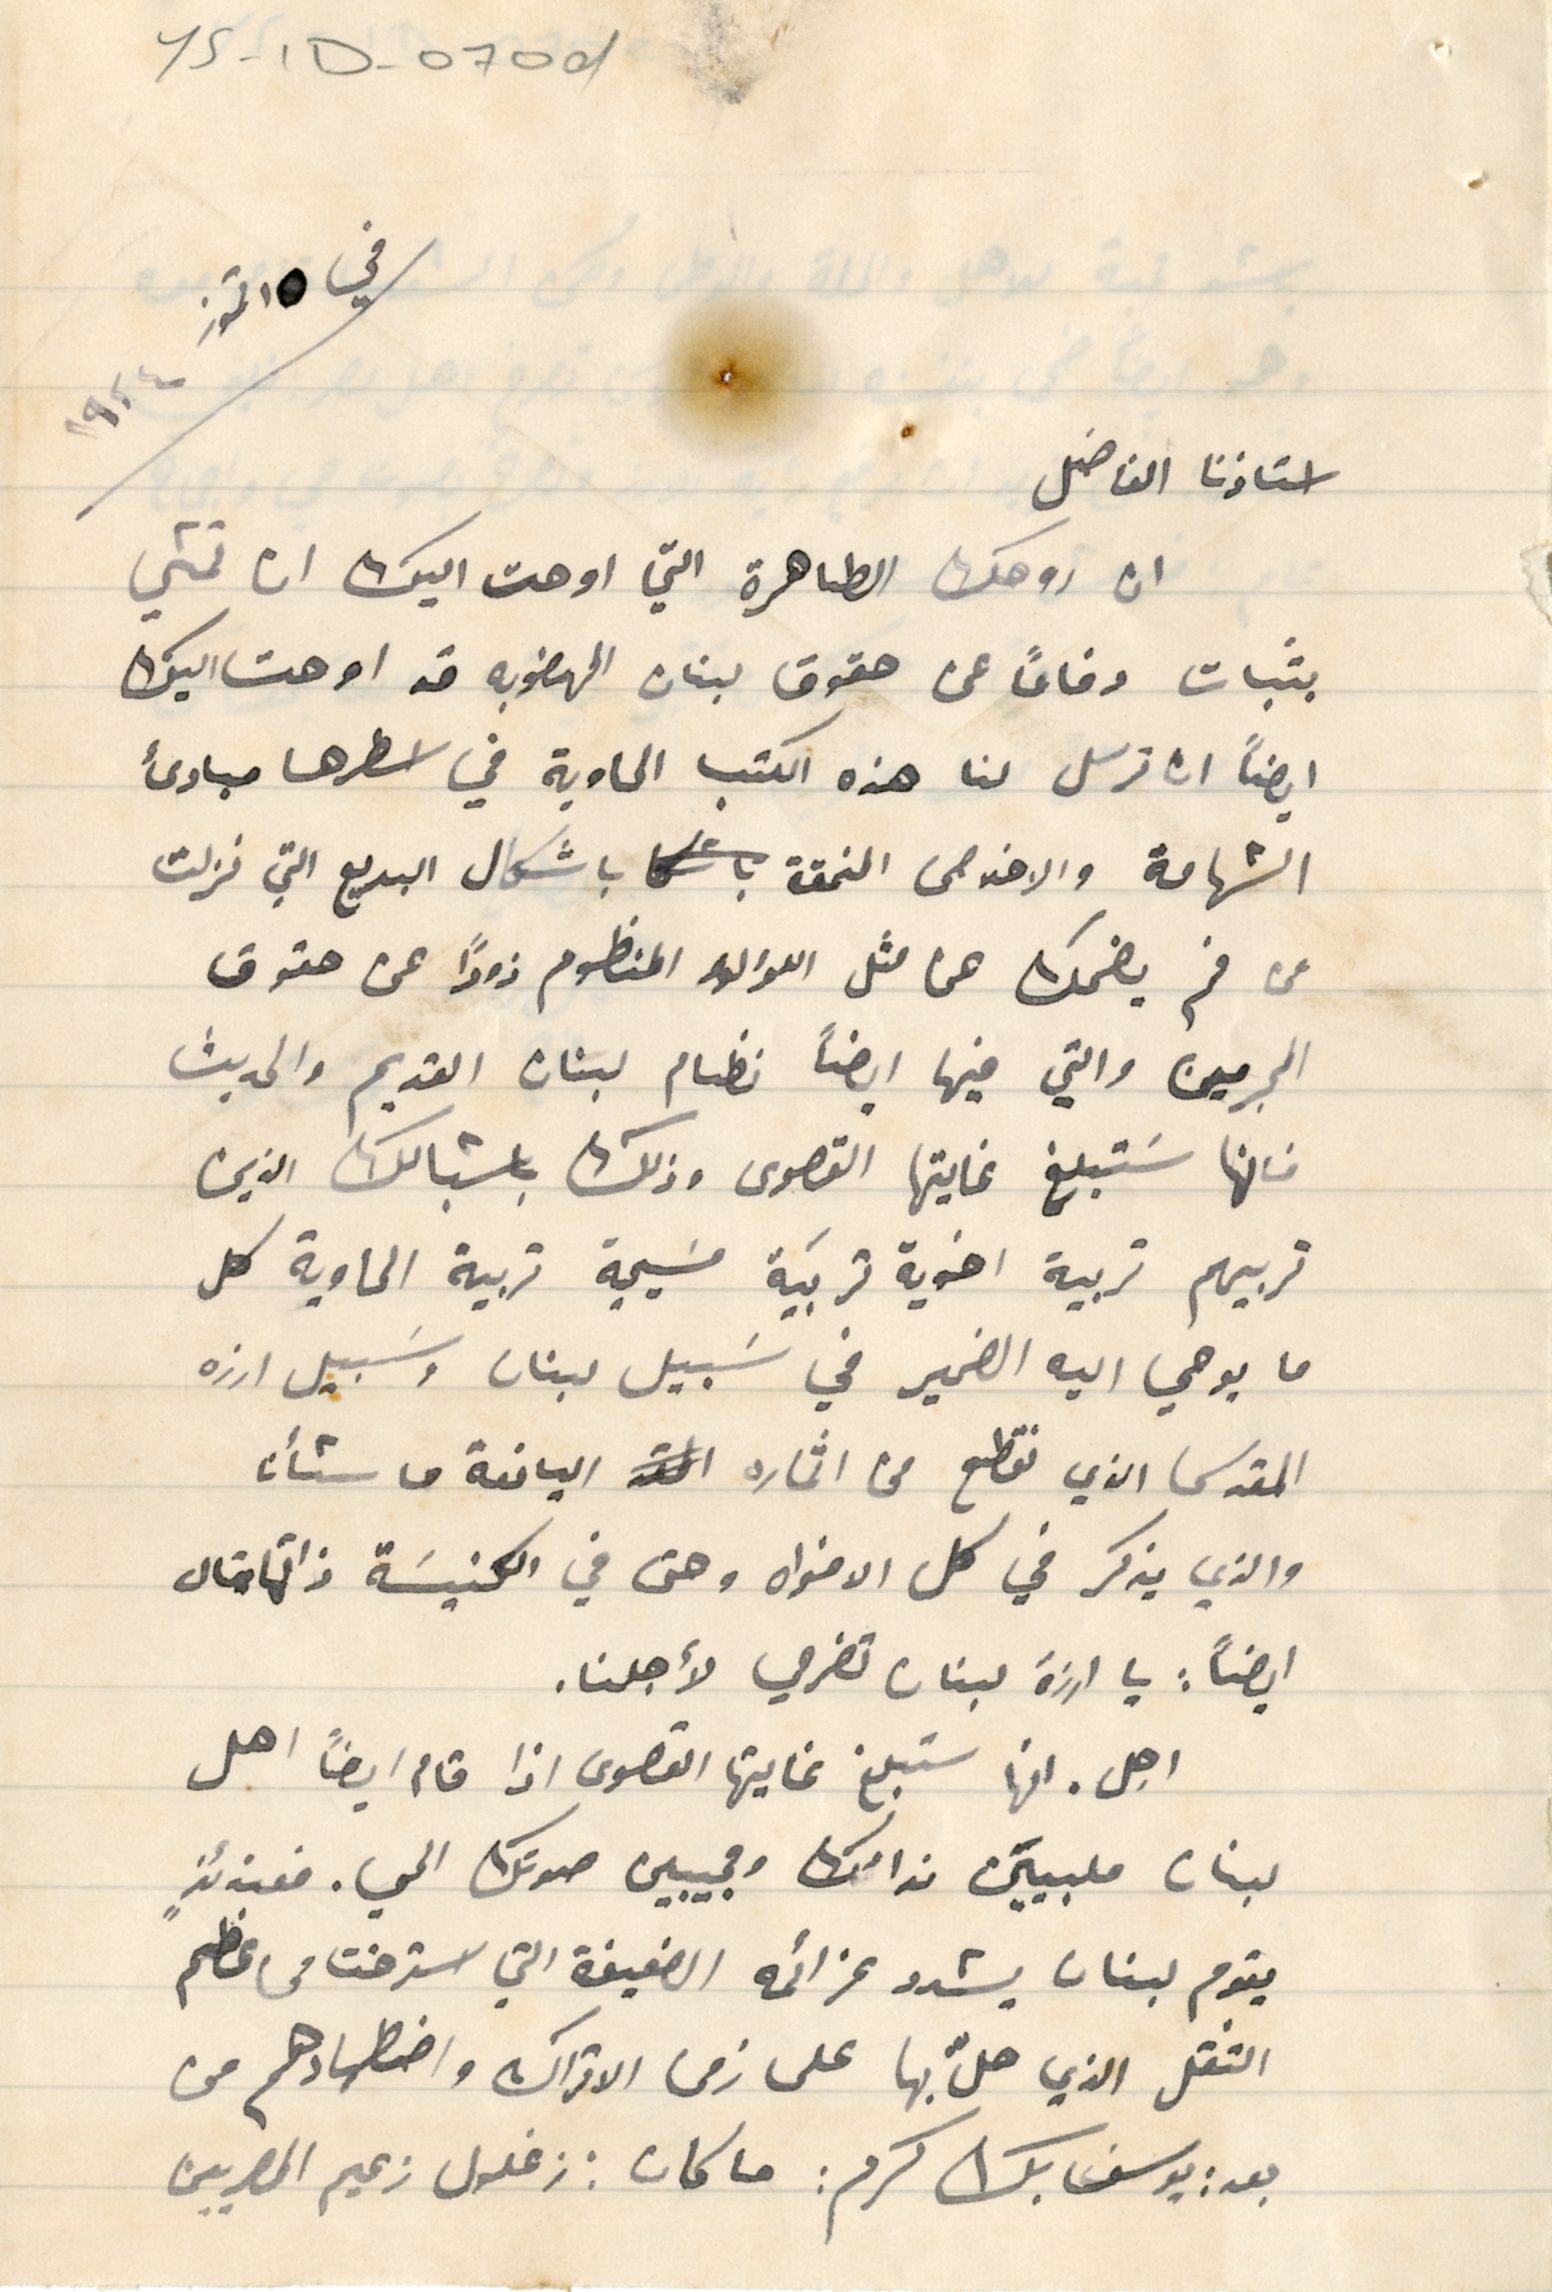
YS-1D- 070d
في ١٥ تموز ١٩٢٤
استاذنا الفاضل
ان روحك الطاهرة التي اوحت اليك ان تمشي
بثبات دفاعاً عن حقوق لبنان المهضوبه قد اوحت اليك
ايضاً ان ترسل لنا هذه الكتب الحاوية في اسطرها مبادئ
الشهامة والاخلاص المنمقة باشكال البديع التي نزلت
من فم يضحك هما مثل اللؤلؤ المنظوم زوداً عن حقوق
المجرمين والتي فيها ايضاً نظام لبنان القديم والحديث
فانها سَتبلغ غايتها القصوى وذلك باشبالك الذين
تربيهم تربية اخوية تربَية مسَيحية قريبة الحاوية كل
ما يوحي اليه الضمير في سَبيل لبنان وسَبيل ارزه
المقدس الذي نقطع من اثماره اليانعة ما شأنا
والذي يذكر في كل الافواه وحتى في الكنيسَة ذاتها قال
ايضاً: يا ارزة لبنان تضرعي لاجلنا.
اجل انها ستبلغ غايتها القصوى اذا قام ايضاً اهل
لبنان ملبييَن ندائك ومجيبين صوتك الحي. فعندئذٍ
يقوم لبنان يشدو عزائمه الضعيفة التي استرخت من عظم
الثقل الذي حلّ بها على زمن الاتراك واضطهادهم من
بعد: يوسف بك كرم: ما كان: زغلول زعيم المصريين